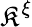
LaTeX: \mathfrak{K}^{\xi}